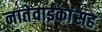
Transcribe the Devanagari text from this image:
नातेवाईंकांंसह